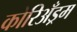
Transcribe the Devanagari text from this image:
कोरिअँड्रम